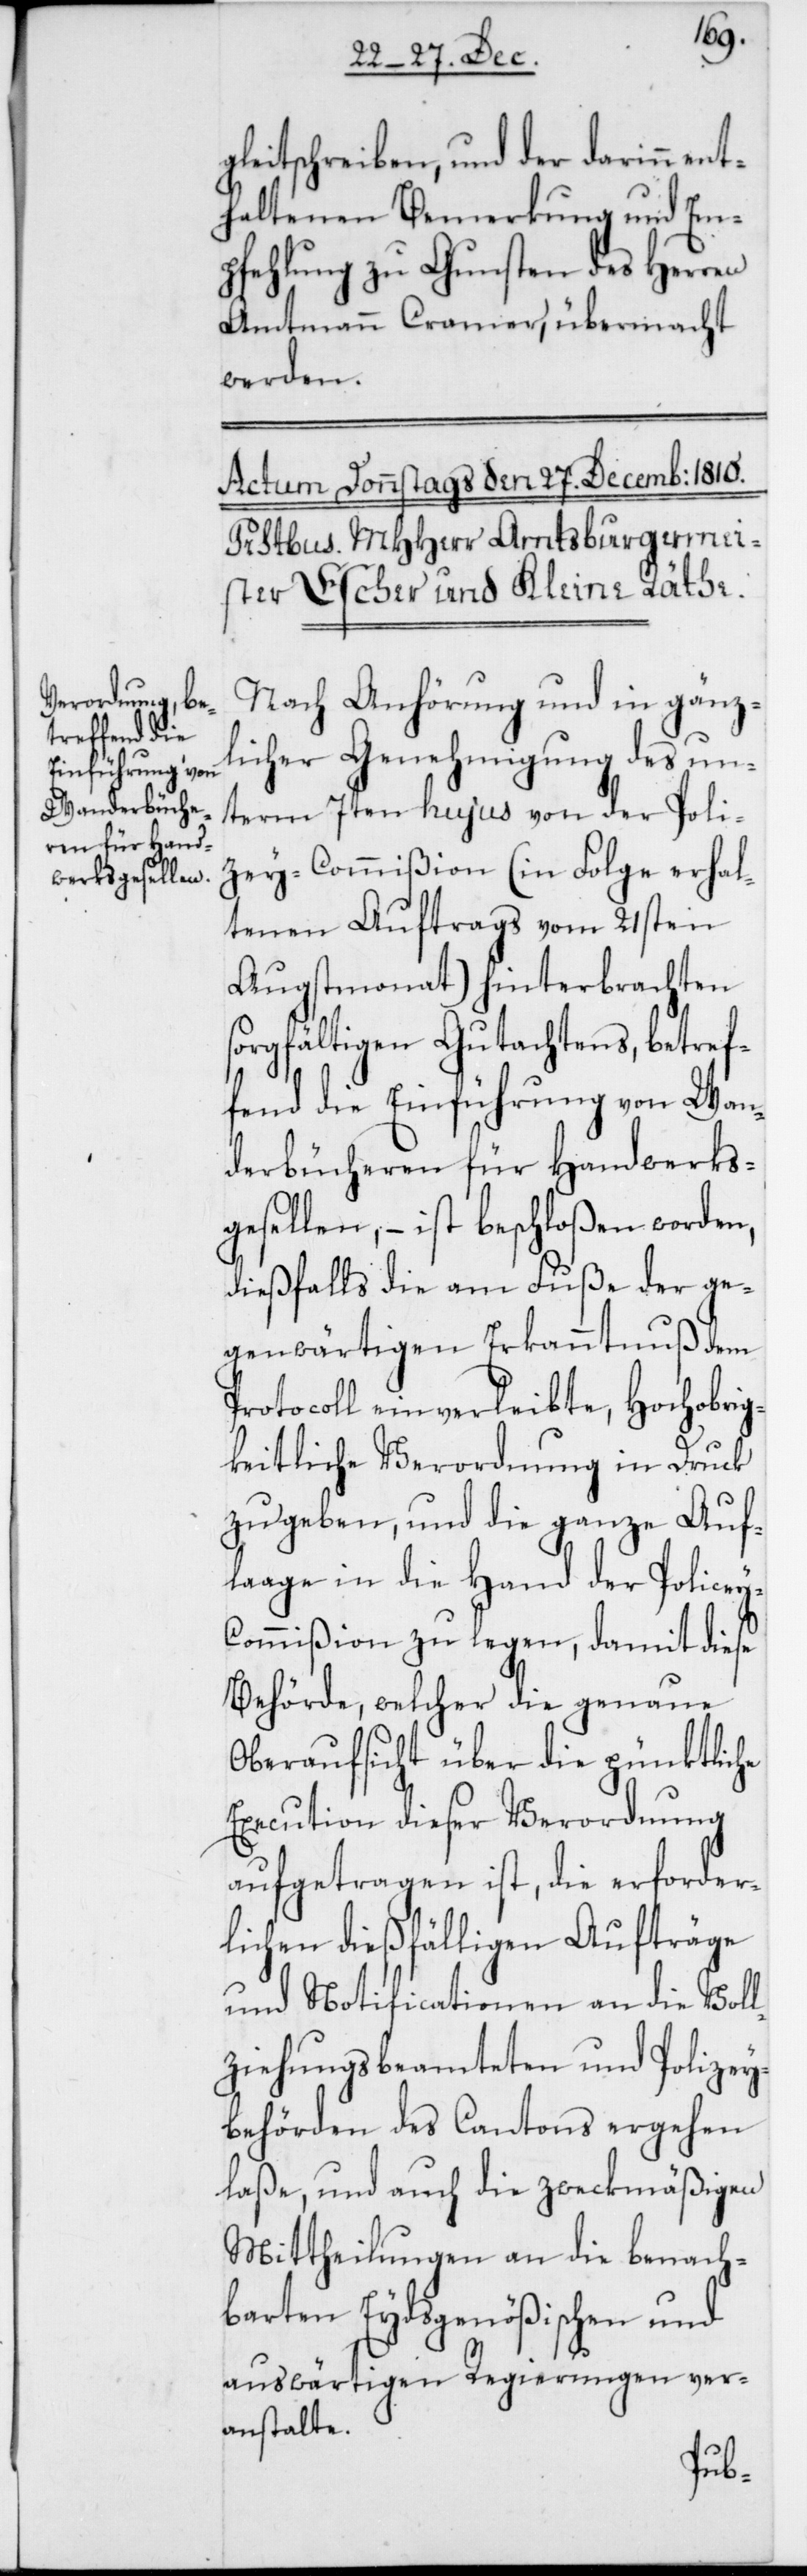
gleitschreiben, und der darinn ent¬
haltenen Bemerkung und Em¬
pfehlung zu Gunsten des Herren
Amtmann Cramer, übermacht
werden.
Nach Anhörung und in gänz¬
licher Genehmigung des un¬
term 7ten hujus von der Poli¬
zey-Commißion (in Folge erhal¬
tenen Auftrags vom 21sten
Augstmonat) hinterbrachten
sorgfältigen Gutachtens, betref¬
fend die Einführung von Wan¬
derbücheren für Handwerks¬
gesellen, – ist beschloßen worden,
dießfalls die am Fuße der ge¬
genwärtigen Erkanntnuß dem
Protocoll einverleibte, Hochobrig¬
keitliche Verordnung in Druck
zu geben, und die ganze Auf¬
lage in die Hand der Polize¬
y-Commißion zu legen, damit diese
Behörde, welcher die genaue
Oberaufsicht über die pünktliche
Execution dieser Verordnung
aufgetragen ist, die erforder¬
lichen dießfälligen Aufträge
und Notificationen an die Voll¬
ziehungsbeamteten und Polizey¬
behörden des Cantons ergehen
laße, und auch die zweckmäßigen
Mittheilungen an die benach¬
barten Eydsgenößischen und
auswärtigen Regierungen ver¬
anstalte.